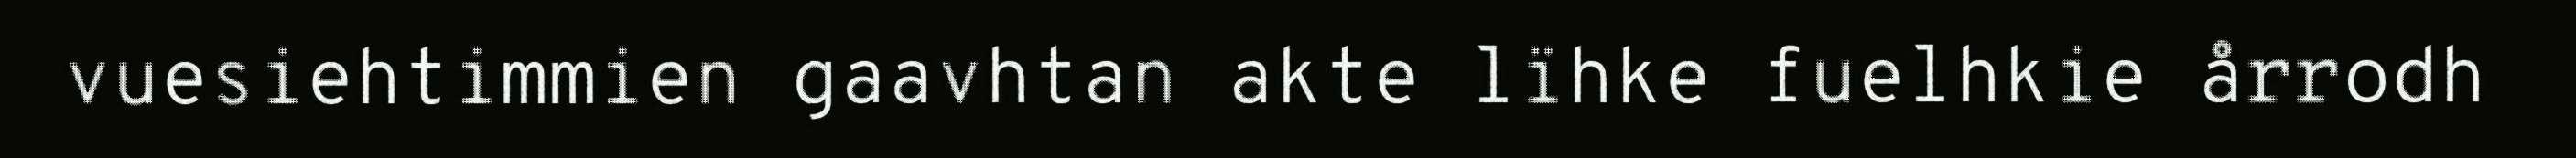
vuesiehtimmien gaavhtan akte lïhke fuelhkie årrodh